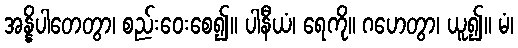
အန္နိပါတေတွာ၊ စည်းဝေးစေ၍။ ပါနီယံ၊ ရေကို။ ဂဟေတွာ၊ ယူ၍။ မံ၊